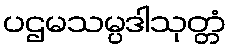
ပဌမသမ္ပဒါသုတ္တံ